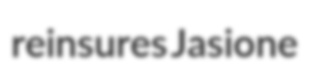
reinsures Jasione